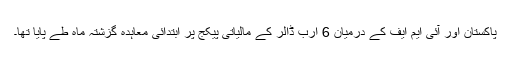
پاکستان اور آئی ایم ایف کے درمیان 6 ارب ڈالر کے مالیاتی پیکج پر ابتدائی معاہدہ گزشتہ ماہ طے پایا تھا۔